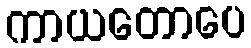
ကာယတောပေ